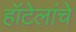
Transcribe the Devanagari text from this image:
हॉटेलांचे